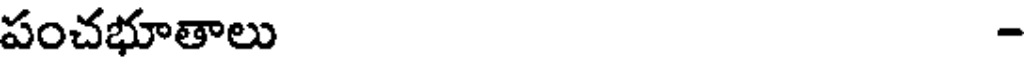
పంచభూతాలు -